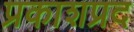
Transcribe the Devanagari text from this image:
प्रकाशप्रद